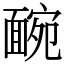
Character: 䩊